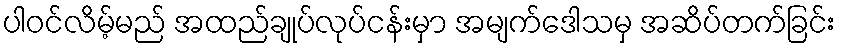
ပါဝင်လိမ့်မည် အထည်ချုပ်လုပ်ငန်းမှာ အမျက်ဒေါသမှ အဆိပ်တက်ခြင်း